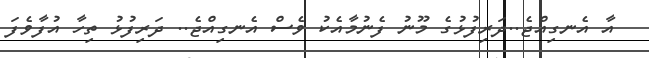
އާ އެނގިއްޖެ..ދަރިފުޅުގެ މޫނު ފެނުމާއެކު ވެސް އެނގިއްޖެ.. ދަރިފުޅު ތިހާ އުފާވެފަ